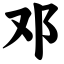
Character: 邓